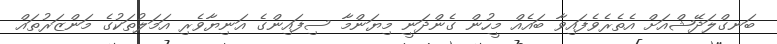
ބަނގްލަދޭޝްއަށް އެތެރެވެފައިވާ ބައެއް މީހުން ގެންދަނީ މިޔަންމާ ސިފައިންގެ އަނިޔާވެރި އަމަލުތަކުގެ މަންޒަރުތައް